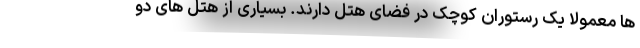
ها معمولاً یک رستوران کوچک در فضای هتل دارند. بسیاری از هتل های دو